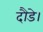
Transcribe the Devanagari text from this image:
दौडे।